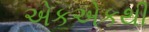
એકએકથી